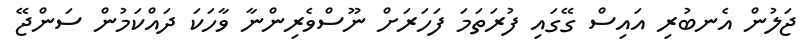
ޖަލުން އެނބުރި އައިސް ގޭގައި ފުރަތަމަ ފަހަރަށް ނޫސްވެރިންނާ ވާހަކަ ދައްކަމުން ސަންޖޭ